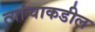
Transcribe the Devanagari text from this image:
त्यांचाकडील